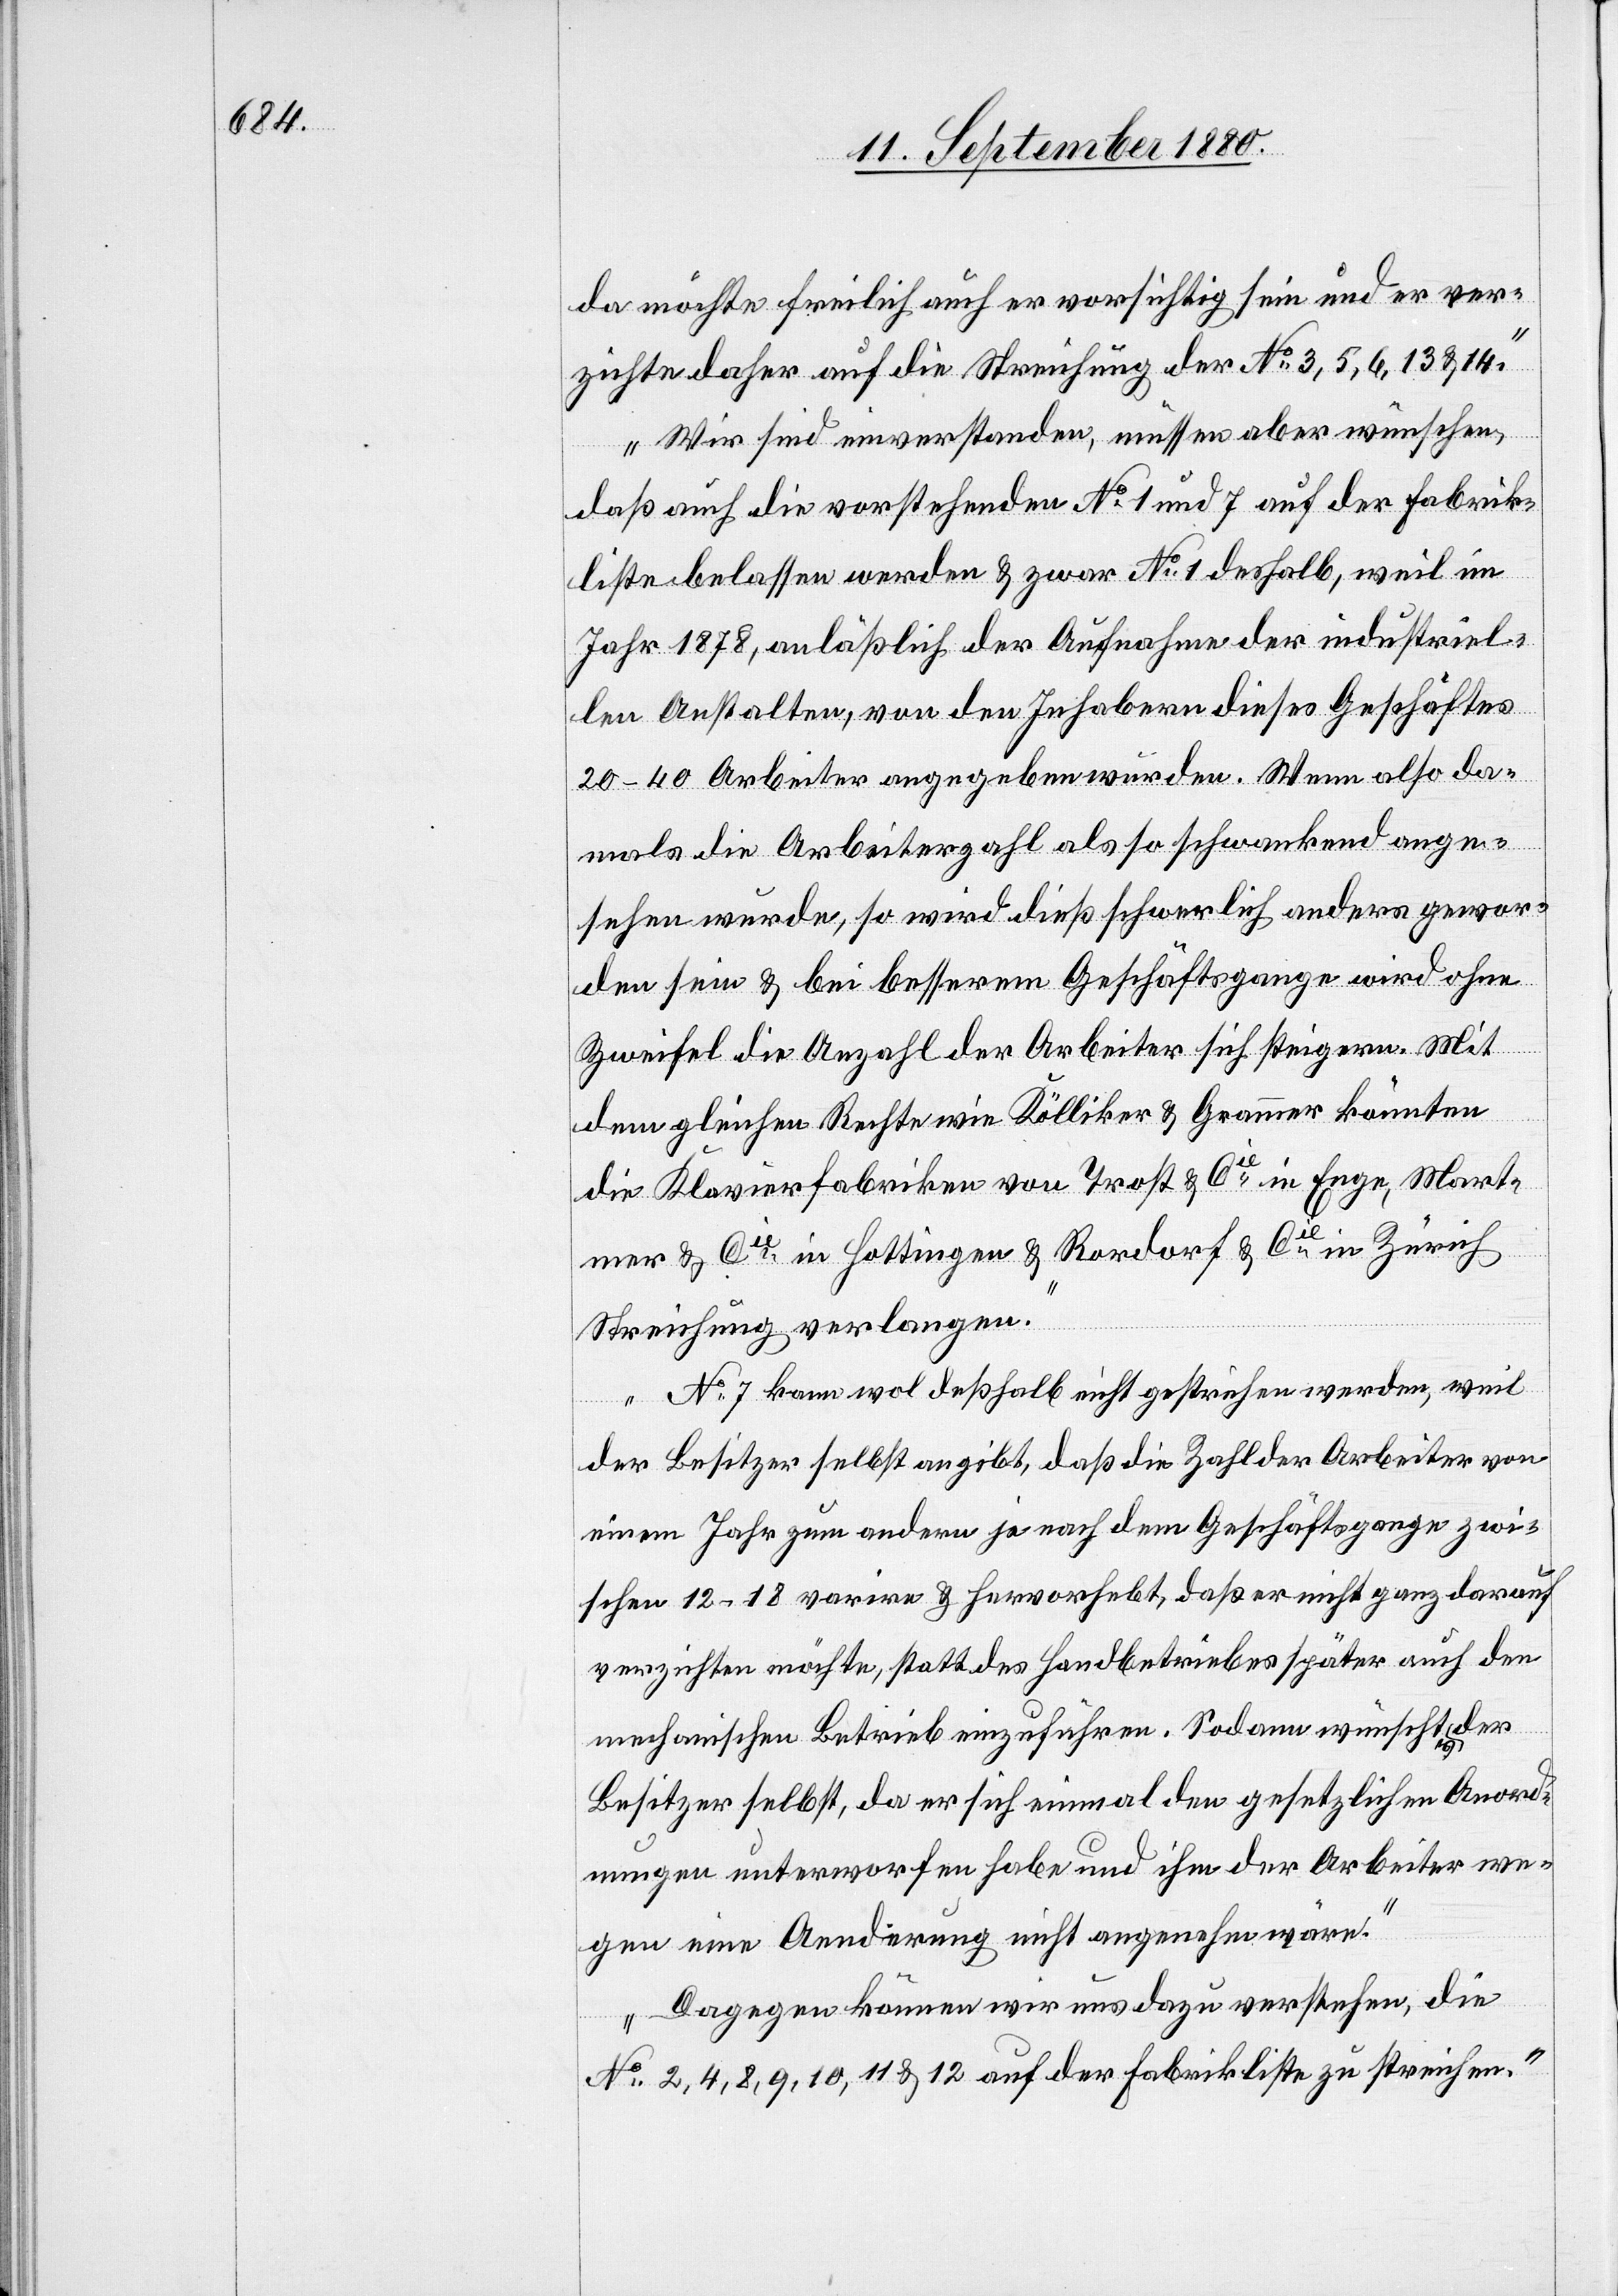
da möchte freilich auch er vorsichtig sein und er ver¬
zichte daher auf die Streichung der No 3, 5, 6, 13 & 14.
Wir sind einverstanden, müssen aber wünschen,
daß auch die vorstehenden No 1 und 7 auf der Fabrik¬
liste belassen werden & zwar No 1 deshalb, weil im
Jahr 1878, anläßlich der Aufnahme der industriel¬
len Anstalten, von den Inhabern dieses Geschäftes
20–40 Arbeiter angegeben wurden. Wenn also da¬
mals die Arbeiterzahl als so schwankend ange¬
sehen wurde, so wird dieß schwerlich anders gewor¬
den sein & bei besserem Geschäftsgange wird ohne
Zweifel die Anzahl der Arbeiter sich steigern. Mit
dem gleichen Rechte wie Kölliker & Grammer könnten
die Klavierfabriken von Trost & Cie in Enge, Mart¬
mer & Cie in Hottingen & Rordorf & Cie in Zürich
Streichung verlangen.
No 7 kann wol deßhalb nicht gestrichen werden, weil
der Besitzer selbst angibt, daß die Zahl der Arbeiter von
einem Jahr zum andern je nach dem Geschäftsgange zwi¬
schen 12–18 varire & hervorhebt, daß er nicht ganz darauf
verzichten möchte, statt des Handbetriebes später auch den
mechanischen Betrieb einzuführen. Sodann wünscht es der
Besitzer selbst, da er sich einmal den gesetzlichen Anord¬
nungen unterworfen habe und ihm der Arbeiter we¬
gen eine Aenderung nicht angenehm wäre.
Dagegen können wir uns dazu verstehen, die
No 2, 4, 8, 9, 10, 11 & 12 auf der Fabrikliste zu streichen.